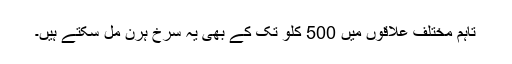
تاہم مختلف علاقوں میں 500 کلو تک کے بھی یہ سرخ ہرن مل سکتے ہیں۔